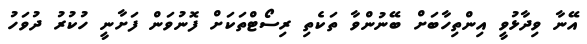
އޭނާ ވިދާޅުވީ އިންތިހާބަށް ބޭނުންވާ ތަކެތި ރިސޯޓްތަކަށް ފޮނުވަން ފަށާނީ ހުކުރު ދުވަހު